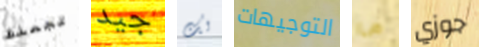
تجعلك جيد لك التوجيهات ما جوزي